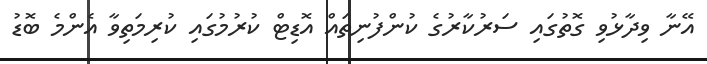
އޭނާ ވިދާޅުވި ގޮތުގައި ސަރުކާރުގެ ކުންފުނިތައް އޮޑިޓް ކުރުމުގައި ކުރިމަތިވާ އެންމެ ބޮޑު